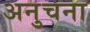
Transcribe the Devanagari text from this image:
अनुचना